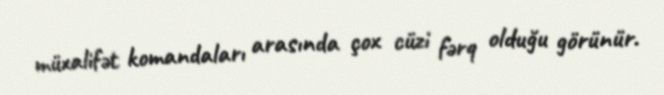
müxalifət komandaları arasında çox cüzi fərq olduğu görünür.